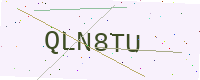
Text: QLN8TU